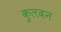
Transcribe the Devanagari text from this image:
कुलवन